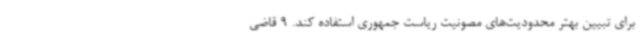
برای تبیین بهتر محدودیت‌های مصونیت ریاست جمهوری استفاده کند. 9 قاضی